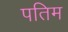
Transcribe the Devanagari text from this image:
पतिम